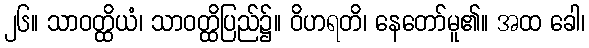
၂၆။ သာဝတ္ထိယံ၊ သာဝတ္ထိပြည်၌။ ဝိဟရတိ၊ နေတော်မူ၏။ အထ ခေါ၊